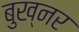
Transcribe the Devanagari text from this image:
बुख्नर